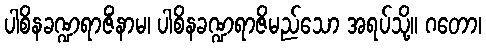
ပါစိနခဏ္ဍရာဇိံနာမ၊ ပါစိနခဏ္ဍရာဇိမည်သော အရပ်သို့။ ဂတော၊